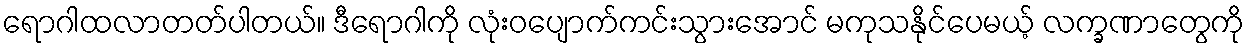
ရောဂါထလာတတ်ပါတယ်။ ဒီရောဂါကို လုံးဝပျောက်ကင်းသွားအောင် မကုသနိုင်ပေမယ့် လက္ခဏာတွေကို